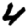
Digit: 4